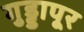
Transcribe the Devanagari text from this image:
गुड्डापूर